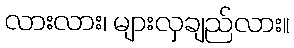
လားလား၊ များလှချည်လား။